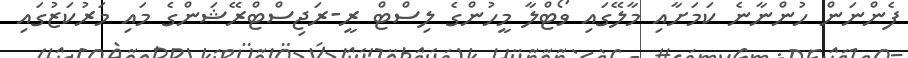
ފެންނަން ހުންނާނެ ކަމަށާއި މާލޭގައި ވޯޓްލާ މީހުންގެ ލިސްޓް ރީ-ރަޖިސްޓްރޭޝަންގެ މައި މަރުކަޒުގައި